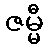
ဇမ္မီ